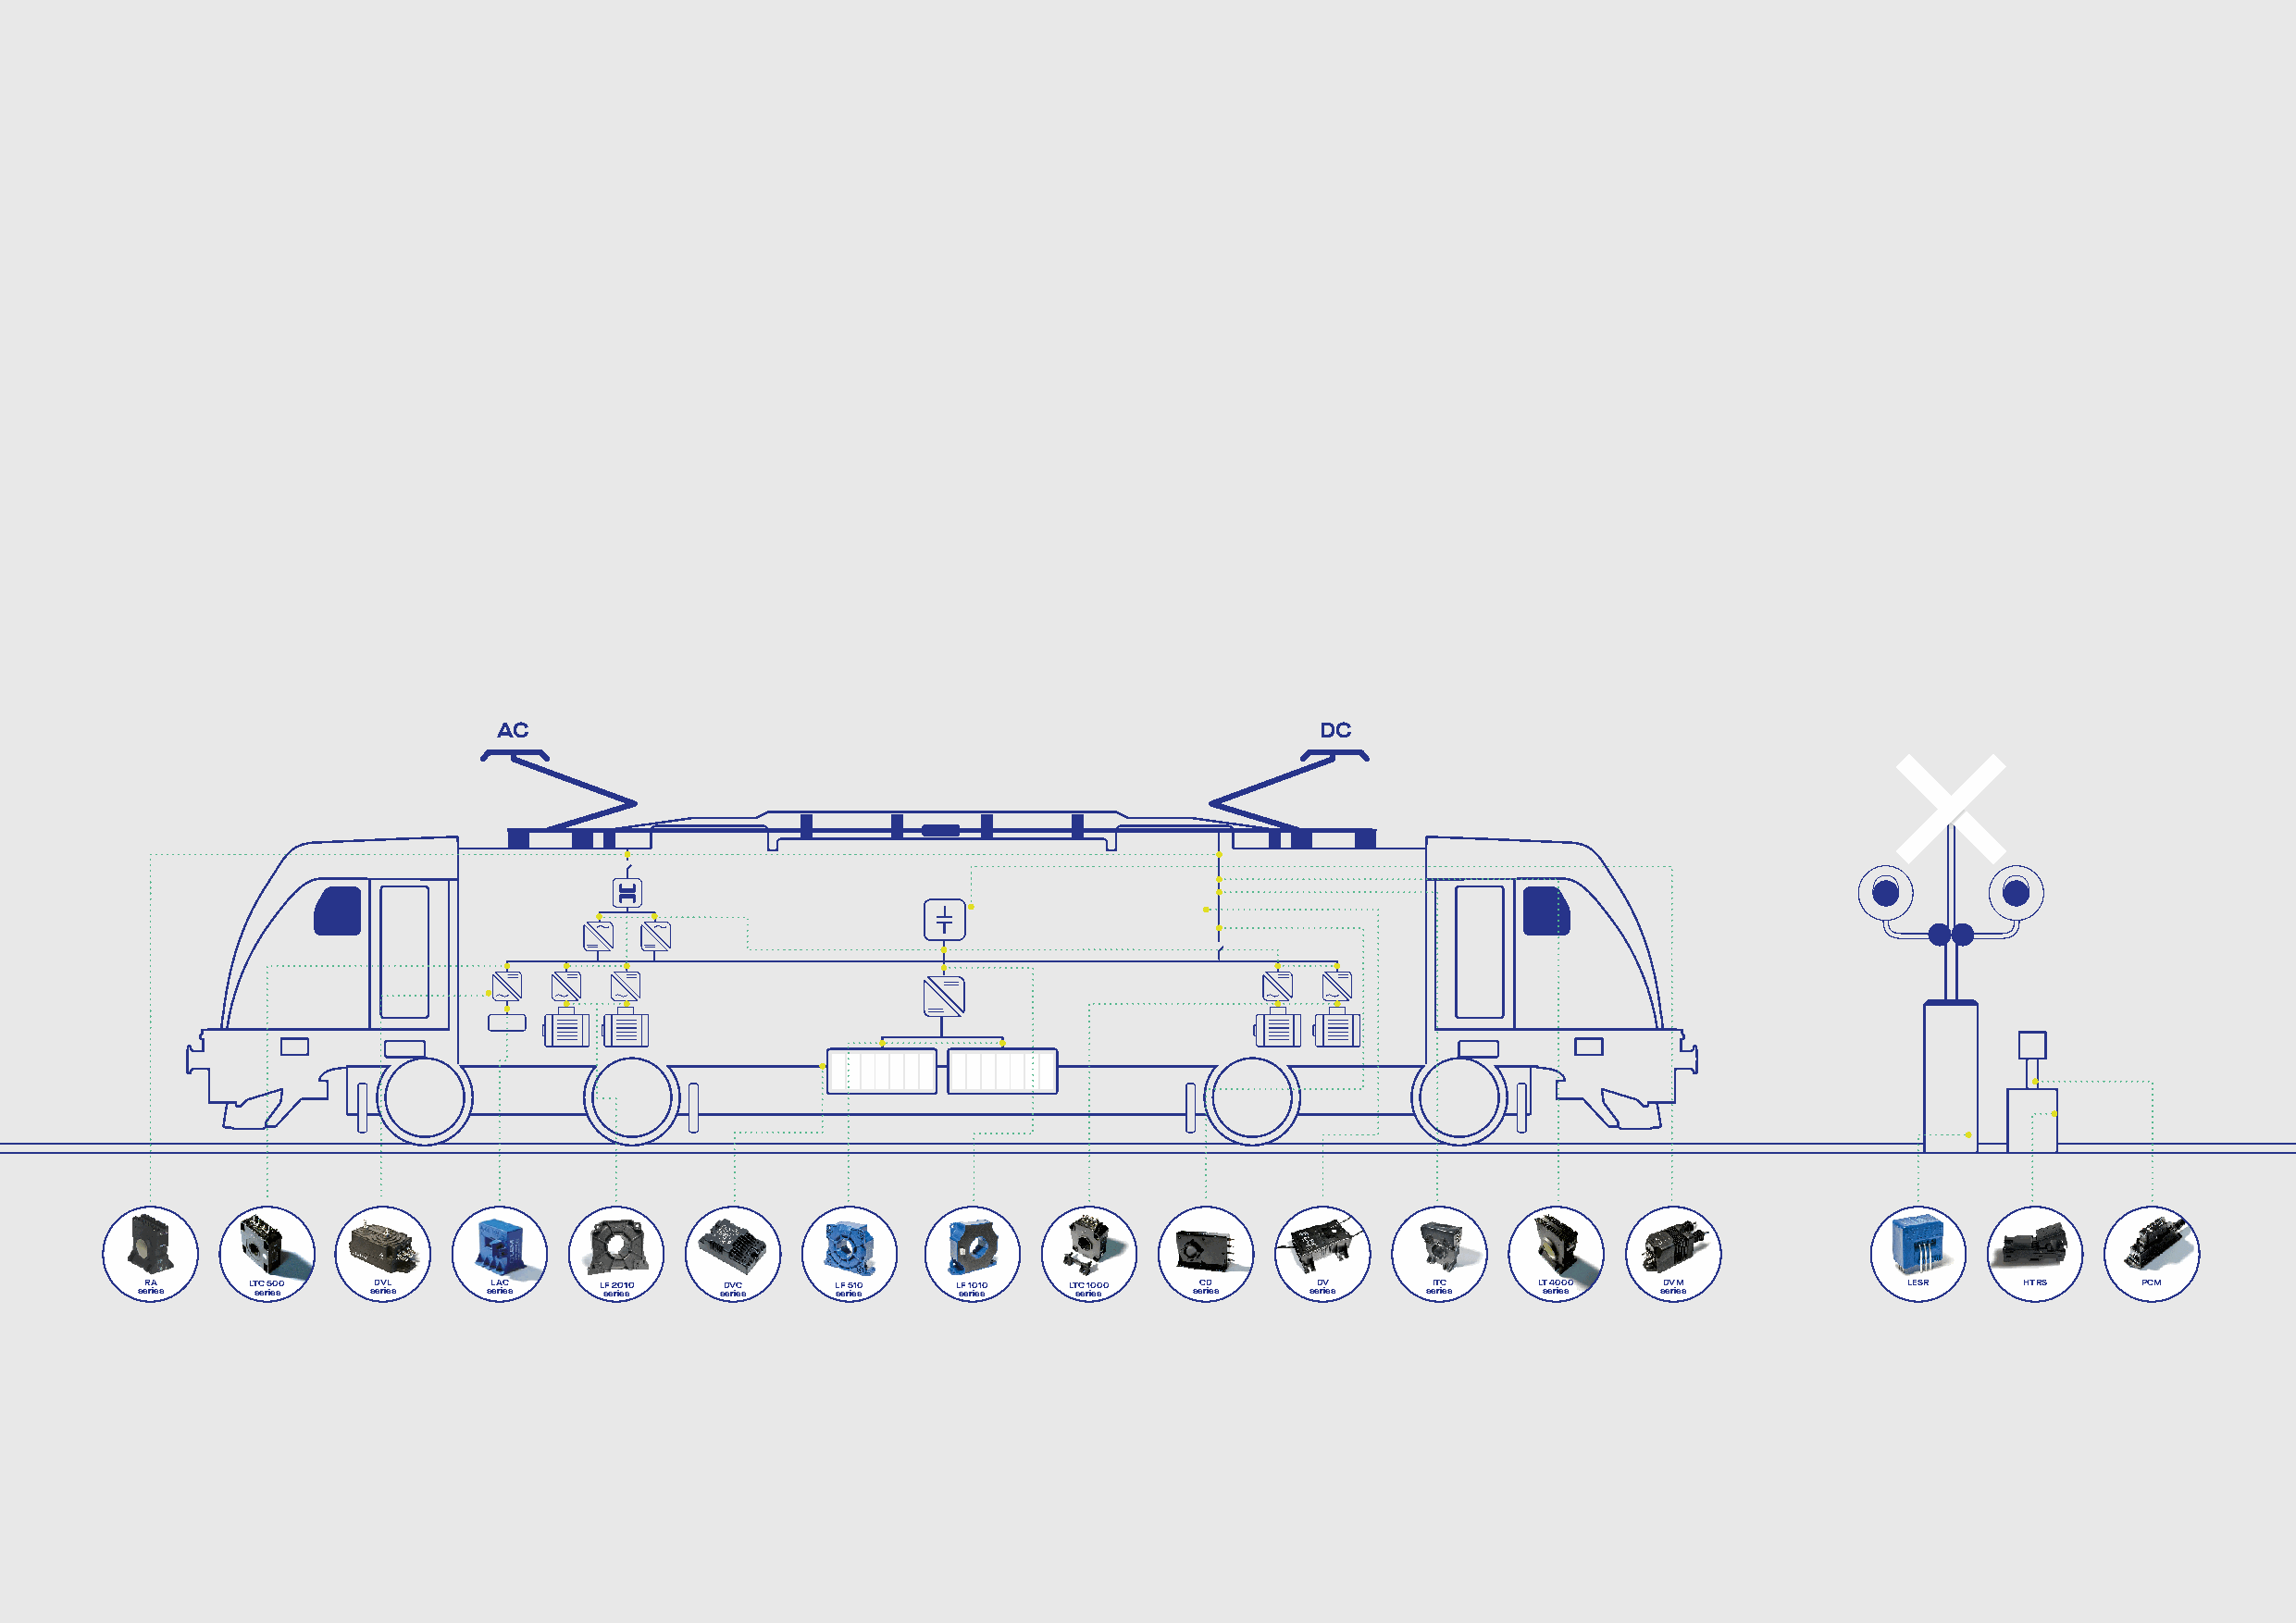
AC                                                        DC
 seR rA ie s LT sC er 5 ie0 s0 sD eV rieL s sL eA riC es L sF e 2 ri0 e1 s0 sD eV riC es L sF e r5 ie10 s L sF e 1 r0 ie1 s0 LT sC e r1 i0 e0 s0 seC rD ie s sseeDD rrVV iiee ss seIT rC ie s LT se 4 r0 ie0 s0 sD eV riM es LESR HTRS PCM